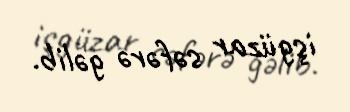
işgüzar səfərə gəlib.